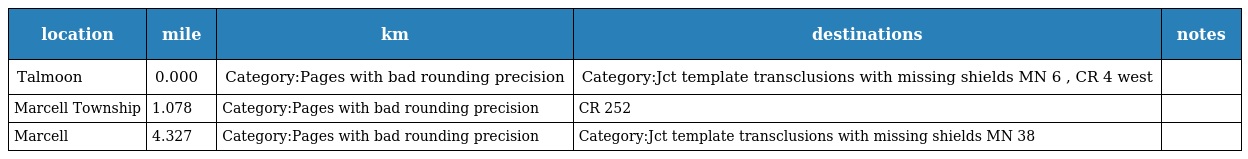
| location | mile | km | destinations | notes |
 | --- | --- | --- | --- | --- |
 | Talmoon | 0.000 | Category:Pages with bad rounding precision | Category:Jct template transclusions with missing shields MN 6 , CR 4 west |  |
 | Marcell Township | 1.078 | Category:Pages with bad rounding precision | CR 252 |  |
 | Marcell | 4.327 | Category:Pages with bad rounding precision | Category:Jct template transclusions with missing shields MN 38 |  |